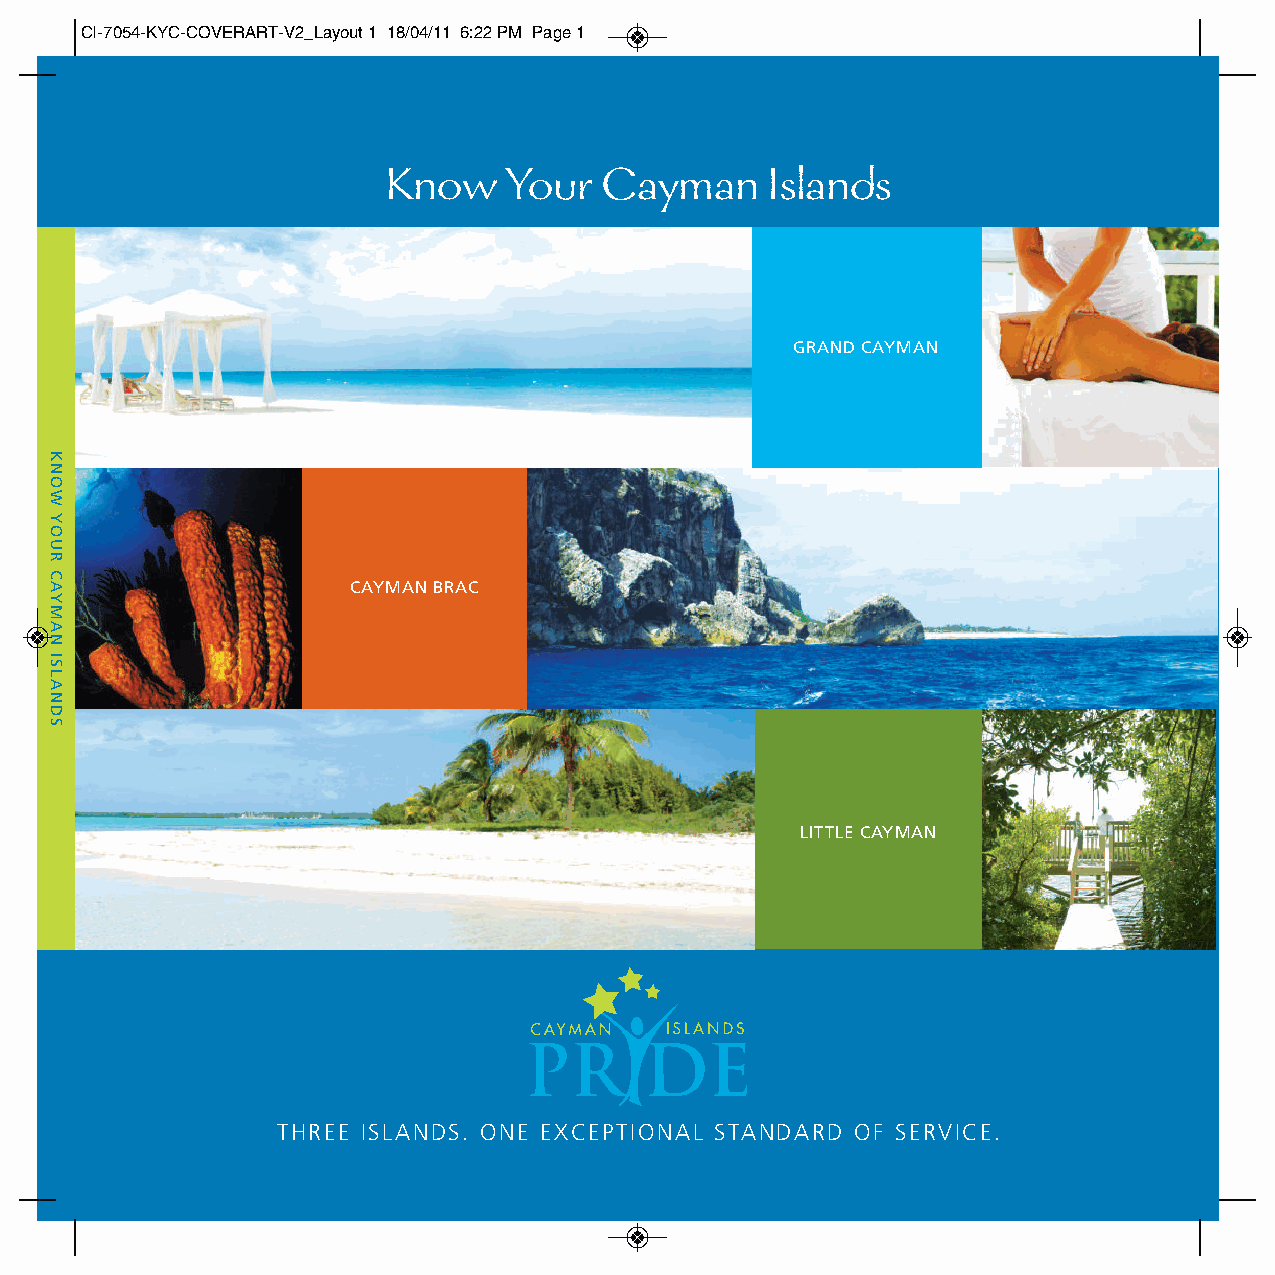
CI-7054-KYC-COVERART-V2_Layout 1 18/04/11 6:22 PM Page 1
 Know    Your  Cayman     Islands
 GRAND CAYMAN
 CAYMAN BRAC
 LITTLE CAYMAN
 THREE ISLANDS. ONE EXCEPTIONAL STANDARD OF SERVICE.
 KNOW
 YOUR
 CAYMAN
 ISLANDS